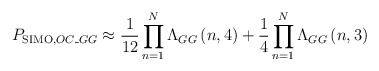
\begin{align*}{{P}_{\operatorname{SIMO},OC\_GG}}\approx \frac{1}{12}\prod\limits_{n=1}^{N}{{{\Lambda }_{GG}}\left( n,4 \right)}+\frac{1}{4}\prod\limits_{n=1}^{N}{{{\Lambda }_{GG}}\left( n,3 \right)}\end{align*}